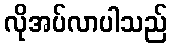
လိုအပ်လာပါသည်